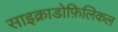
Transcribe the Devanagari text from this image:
साइक्राडोफ़िलिकल